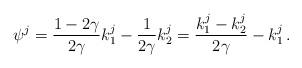
LaTeX: \begin{gather*} \psi^j = \frac{1-2\gamma}{2\gamma} k^j_1 - \frac{1}{2\gamma} k^j_2 = \frac{k^j_1-k^j_2}{2\gamma} - k^j_1 \,.\end{gather*}